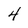
Character: 4